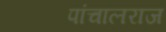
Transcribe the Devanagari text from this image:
पांचालराज